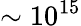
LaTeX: \sim 10^{15}